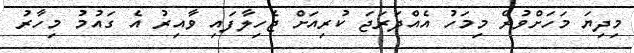
މިދިޔަ މަހަށްވުރެ މިމަހު އެއްދަރަޖަ ކުރިއަށް ޖެހިލާފައި ވާއިރު އެ ގައުމު މިހާރު